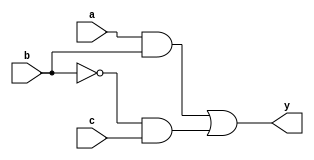
module combinational_logic (
    input wire a,        // Input signal a
    input wire b,        // Input signal b
    input wire c,        // Input signal c
    output reg y         // Output signal y
);

// Always block triggered by changes in input signals a, b, or c
always @(*) begin
    // Procedural assignment to output y based on combinational logic
    y = (a & b) | (~b & c); // Example logic expression
end

endmodule